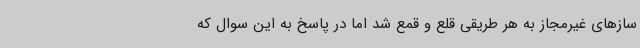
سازهای غیرمجاز به هر طریقی قلع و قمع شد اما در پاسخ به این سوال که